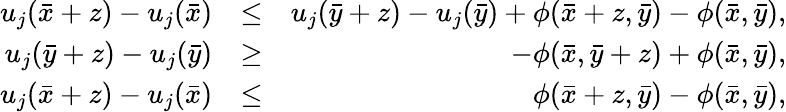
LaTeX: \begin{array}{rlr}{u_{j}(\bar{x}+z)-u_{j}(\bar{x})}&{\le}&{u_{j}(\bar{y}+z)-u_{j}(\bar{y})+\phi(\bar{x}+z,\bar{y})-\phi(\bar{x},\bar{y}),}\\ {u_{j}(\bar{y}+z)-u_{j}(\bar{y})}&{\geq}&{-\phi(\bar{x},\bar{y}+z)+\phi(\bar{x},\bar{y}),}\\ {u_{j}(\bar{x}+z)-u_{j}(\bar{x})}&{\leq}&{\phi(\bar{x}+z,\bar{y})-\phi(\bar{x},\bar{y}),}\end{array}